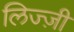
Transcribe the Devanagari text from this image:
लिज्ज़ी